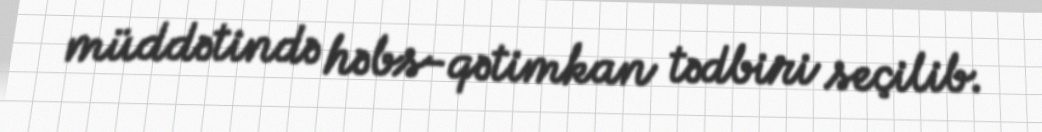
müddətində həbs-qətimkan tədbiri seçilib.